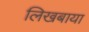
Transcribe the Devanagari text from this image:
लिखबाया